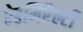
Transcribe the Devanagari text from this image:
ऐडमिरैल्टी